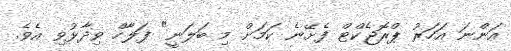
އަންނަ އަހަރު ޕްރޮޖެކްޓް ފެށޭނެ ކަމަށް މި ބަލަނީ" ފަލާހް ވިދާޅުވި އެވެ.